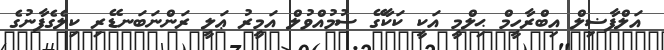
އަލްފާޟިލް އިބްރާހީމް ޙިލްމީ އަކީ ކަކާގޭ ސުމުއްވުލް އަމީރު ޢަލީ ރަންނަބަނޑޭރި ކިލެގެފާނުގެ